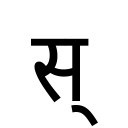
OCR:
स्